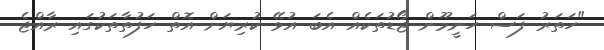
"ހަތަރު ފަސް ހަނީމޫން ޖޯޑުތަކެއް އެބަ އުޅޭ ކުރިޔަށް އޮތް ހަފުތާތަކުގައި ރާއްޖެ